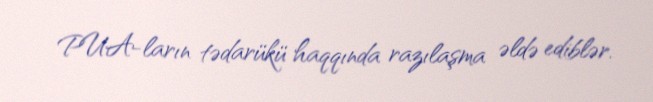
PUA-ların tədarükü haqqında razılaşma əldə ediblər.